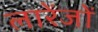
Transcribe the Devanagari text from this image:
लारेंजों